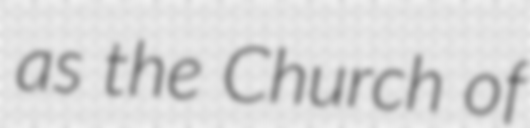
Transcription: as the Church of